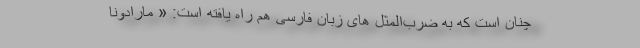
چنان است که به ضرب‌المثل های زبان فارسی هم راه یافته است: « مارادونا